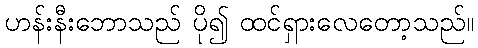
ဟန်းနီးဘောသည် ပို၍ ထင်ရှားလေတော့သည်။